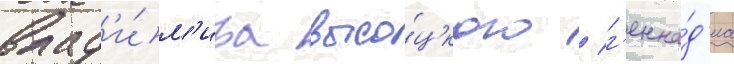
влад'и́м'ира высо́цкого / г'енна́д'иа